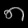
Digit: ၈